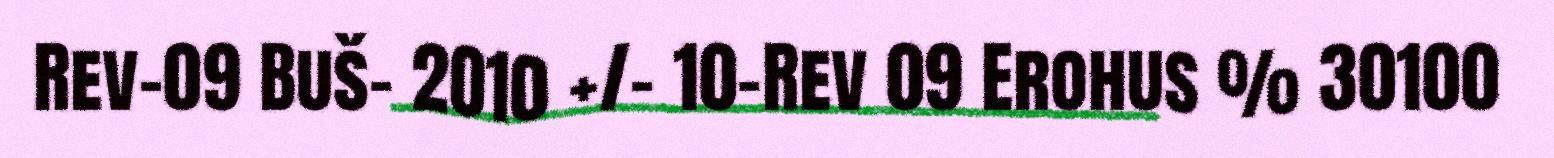
Rev-09 Buš- 2010 +/- 10-Rev 09 Erohus % 30100